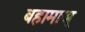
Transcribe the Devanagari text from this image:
बहामाज्